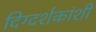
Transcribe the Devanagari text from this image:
दिग्दर्शकांशी